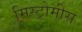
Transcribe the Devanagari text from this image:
मिस्ट्रोमीस